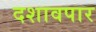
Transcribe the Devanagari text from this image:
दशावपार